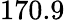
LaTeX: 170.9